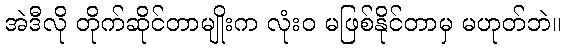
အဲဒီလို တိုက်ဆိုင်တာမျိုးက လုံးဝ မဖြစ်နိုင်တာမှ မဟုတ်ဘဲ။